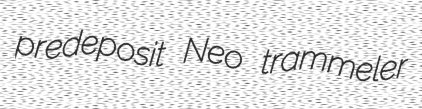
predeposit Neo trammeler